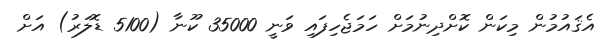
އެޤައުމުން މިކަން ކޮށްދިނުމަށް ހަމަޖެހިފައި ވަނީ 35000 ކޫނާ (5100 ޑޮލަރު) އަށް